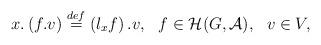
LaTeX: \begin{align*}x.\left(f.v\right)\overset{def}{=}\left(l_xf\right).v, \ \ f\in \mathcal H(G, \mathcal A), \ \ v\in V,\end{align*}